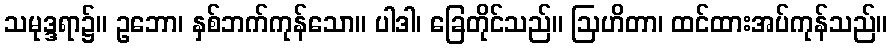
သမုဒ္ဒရာ၌။ ဥဘော၊ နှစ်ဘက်ကုန်သော။ ပါဒါ၊ ခြေတိုင်သည်။ ဩဟိတာ၊ ထင်ထားအပ်ကုန်သည်။